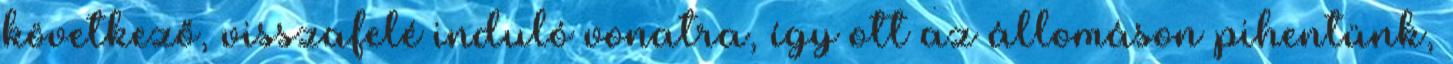
következő, visszafelé induló vonatra, így ott az állomáson pihentünk,